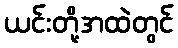
ယင်းတို့အထဲတွင်